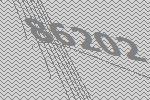
86202